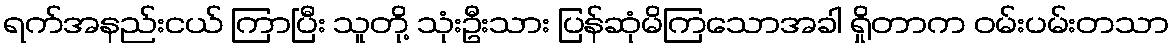
ရက်အနည်းငယ် ကြာပြီး သူတို့ သုံးဦးသား ပြန်ဆုံမိကြသောအခါ ရှိုတာက ဝမ်းပမ်းတသာ